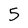
Character: 5